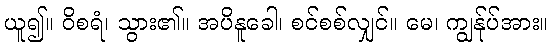
ယူ၍။ ဝိစရံ၊ သွား၏။ အပိနူခေါ၊ စင်စစ်လျှင်။ မေ၊ ကျွန်ုပ်အား။